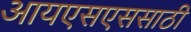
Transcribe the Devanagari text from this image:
आयएसएससाठी